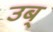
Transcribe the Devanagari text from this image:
उब्